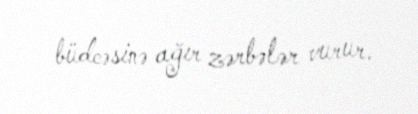
büdcəsinə ağır zərbələr vurur.